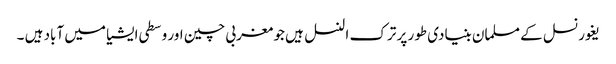
یغور نسل کے مسلمان بنیادی طور پر ترک النسل ہیں جو مغربی چین اور وسطی ایشیا میں آباد ہیں ۔